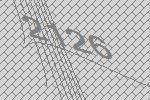
2126